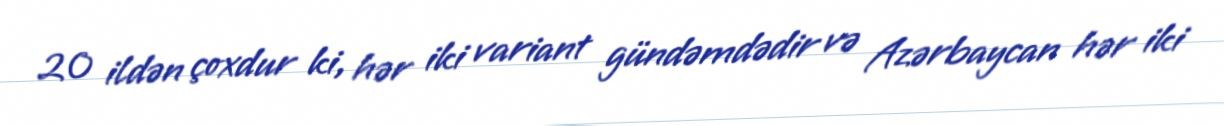
20 ildən çoxdur ki, hər iki variant gündəmdədir və Azərbaycan hər iki